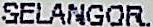
SELANGOR.